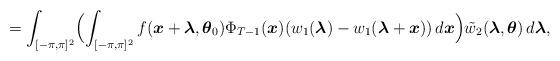
LaTeX: \begin{align*} =\displaystyle\int_{[-\pi,\pi]^2}\Bigl(\displaystyle\int_{[-\pi,\pi]^2}{f}(\boldsymbol{x}+\boldsymbol{\lambda},\boldsymbol{\theta}_0)\Phi_{T-1}(\boldsymbol{x})(w_1(\boldsymbol{\lambda})-w_1(\boldsymbol{\lambda}+\boldsymbol{x}))\,d\boldsymbol{x}\Bigr)\tilde{w}_2(\boldsymbol{\lambda},\boldsymbol{\theta})\,d\boldsymbol{\lambda},\end{align*}